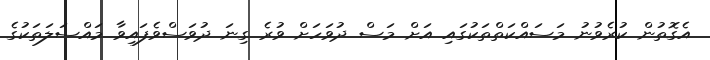
އެގޮތުން ކުރެވުނު މަސައްކަތްތަކުގައި އަށް މަސް ދުވަހަށް ވުރެ ގިނަ ދުވަސްވެފައިވާ މައްސަލަތަކުގެ